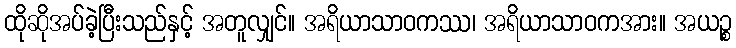
ထိုဆိုအပ်ခဲ့ပြီးသည်နှင့် အတူလျှင်။ အရိယာသာဝကဿ၊ အရိယာသာဝကအား။ အယဉ္စ